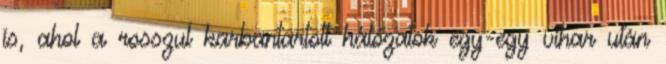
is, ahol a rosszul karbantartott hálózatok egy-egy vihar után